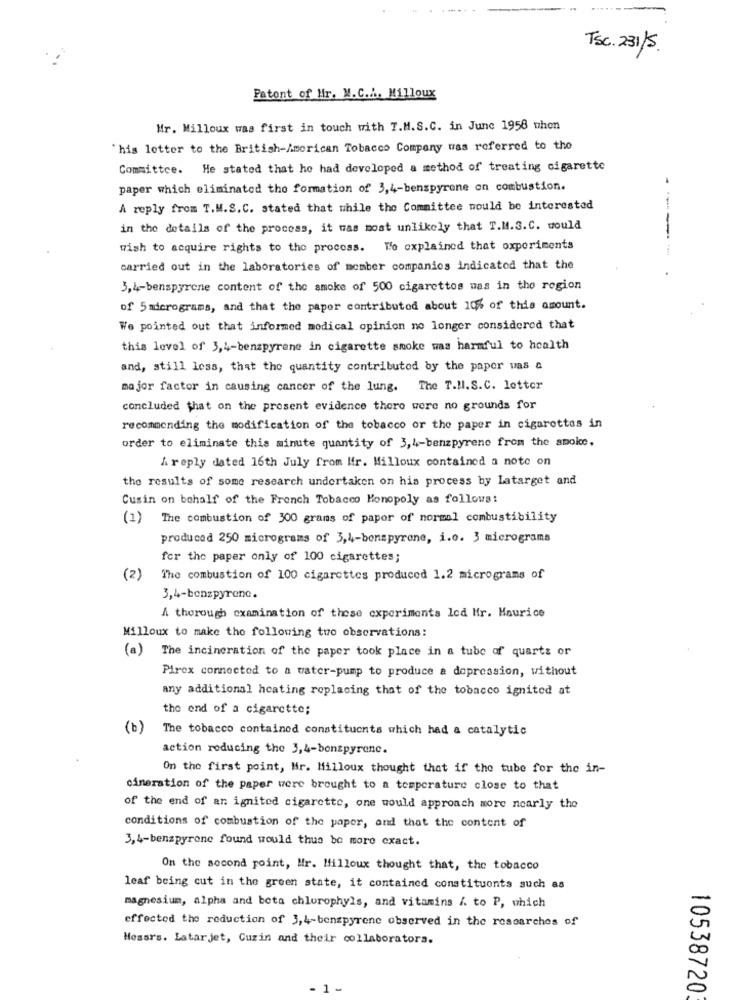
TSc. 231/5.
Patent of Mr. M.C.h. Milloux
Mr. Milloux was first in touch with T.M.S.C. in June 1958 when
`his lotter to the British-American Tobacco Company was referred to the
Committee. He stated that he had developed a method of treating cigarette
paper which eliminated the formation of 3,4-benspyrene on combustion.
A reply from T.M.S.C. stated that while the Committee mould be interested
in the details of the process, it was most unlikely that T.M.S.C. would
wish to acquire rights to the process. We explained that oxperiments
------
carried out in the laboratories of member companies indicated that the
3,4-benspyrene content of the smoke of 500 cigarettes was in the region
of 5 micrograms, and that the paper contributod about 10% of this amount.
We pointed out that informed medical opinion no longer considered that
this level of 3,4-benzpyrene in cigarette smoke was harmful to health
and, still less, that the quantity contributed by the paper was a
major factor in causing cancer of the lung. The T.N.S.C. letter
concluded that on the prosent evidence there were no grounds for
recommending the modification of the tobacco or the paper in cigarettes in
order to eliminate this minute quantity of 3,4-benzpyrene from the amoke.
A reply dated 16th July from Ifr. Milloux contained a note on
the results of some research undertaken on his process by Latarget and
Cusin on behalf of the French Tobacco Monopoly as follows:
(1) The combustion of 300 grams of papor of normal combustibility
produced 250 micrograms of 3,4-benzpyrene, i.o. 3 micrograms
for the paper only of 100 cigarettes;
(2)
The combustion of 100 cigarettes produced 1.2 micrograms of
3,4-benzpyrene.
A thorough examination of these experiments led Mr. Maurice
Milloux to make the following two observations:
(a) The incineration of the paper took place in a tube of quartz or
Pirex connected to a water-pump to produce a dopression, without
any additional heating replacing that of the tobacco ignited at
the end of a cigarette;
(b)
The tobacco contained constituents which had a catalytic
action reducing the 3,4-benzpyrene.
On the first point, Hr. Milloux thought that if the tube for the in-
cineration of the paper were brought to a temperature close to that
of the end of an ignited cigarette, one would approach more nearly the
conditions of combustion of the paper, and that the content of
3,4-benzpyrone found would thus be more exact.
On the second point, Mr. Milloux thought that, the tobacco
leaf being cut in the green state, it contained constituonts such as
magnesium, alpha and beta chlorophyls, and vitamins /. to P, which
effected the reduction of 3,4-benzpyrene observed in the researches of
Mossrs. Latarjet, Cuzin and their collaborators.
- 1 -
10538720